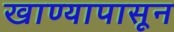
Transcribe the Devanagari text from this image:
खाण्यापासून